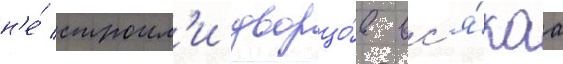
н'е́ строил'и дворцо́в вс'я́каа